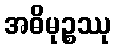
အဓိမုဉ္စဿု